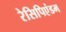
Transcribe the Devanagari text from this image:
रेसिपिएंडम